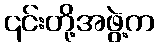
၎င်းတို့အဖွဲ့က